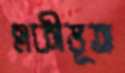
একীভূত